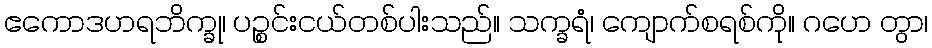
ဧကောဒဟရဘိက္ခု၊ ပဉ္စင်းငယ်တစ်ပါးသည်။ သက္ခရံ၊ ကျောက်စရစ်ကို။ ဂဟေ တွာ၊